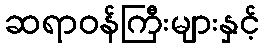
ဆရာဝန်ကြီးများနှင့်